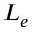
L _ { e }